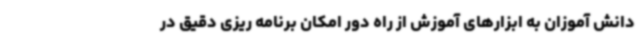
دانش آموزان به ابزارهای آموزش از راه دور امکان برنامه ریزی دقیق در